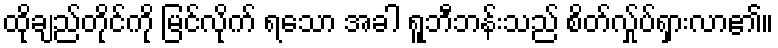
ထိုချည်တိုင်ကို မြင်လိုက် ရသော အခါ ရူဘီဘန်းသည် စိတ်လ်ှုပ်ရှားလာ၏။